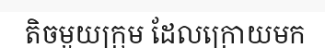
តិចមួយក្រុម ដែលក្រោយមក